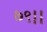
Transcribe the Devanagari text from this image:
७९।।